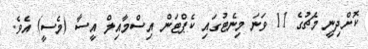
ކޮށްދިނީ މެޗުގެ 11 ވަނަ މިނެޓުގައި ކެޕްޓަން އިސްމާއިލް އީސާ (މެސީ) އެވެ.